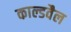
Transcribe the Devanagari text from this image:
काल्डवैल